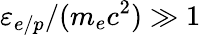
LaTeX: \varepsilon_{e/p}/(m_{e}c^{2})\gg 1